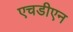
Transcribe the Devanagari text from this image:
एचडीएन